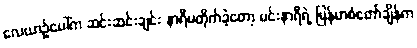
လေယာဉ်ပေါ်က ဆင်းဆင်းချင်း နာရီမတိုက်ခဲ့တော့ မင်းနာရီရဲ့ မြန်မာစံတော်ချိန်က